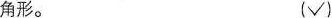
角形。 (√)